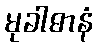
မုခါဓာနံ